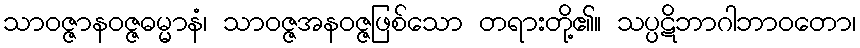
သာဝဇ္ဇာနဝဇ္ဇဓမ္မာနံ၊ သာဝဇ္ဇအနဝဇ္ဇဖြစ်သော တရားတို့၏။ သပ္ပဋိဘာဂါဘာဝတော၊